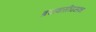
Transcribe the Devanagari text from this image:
ब्रजवासीउसका